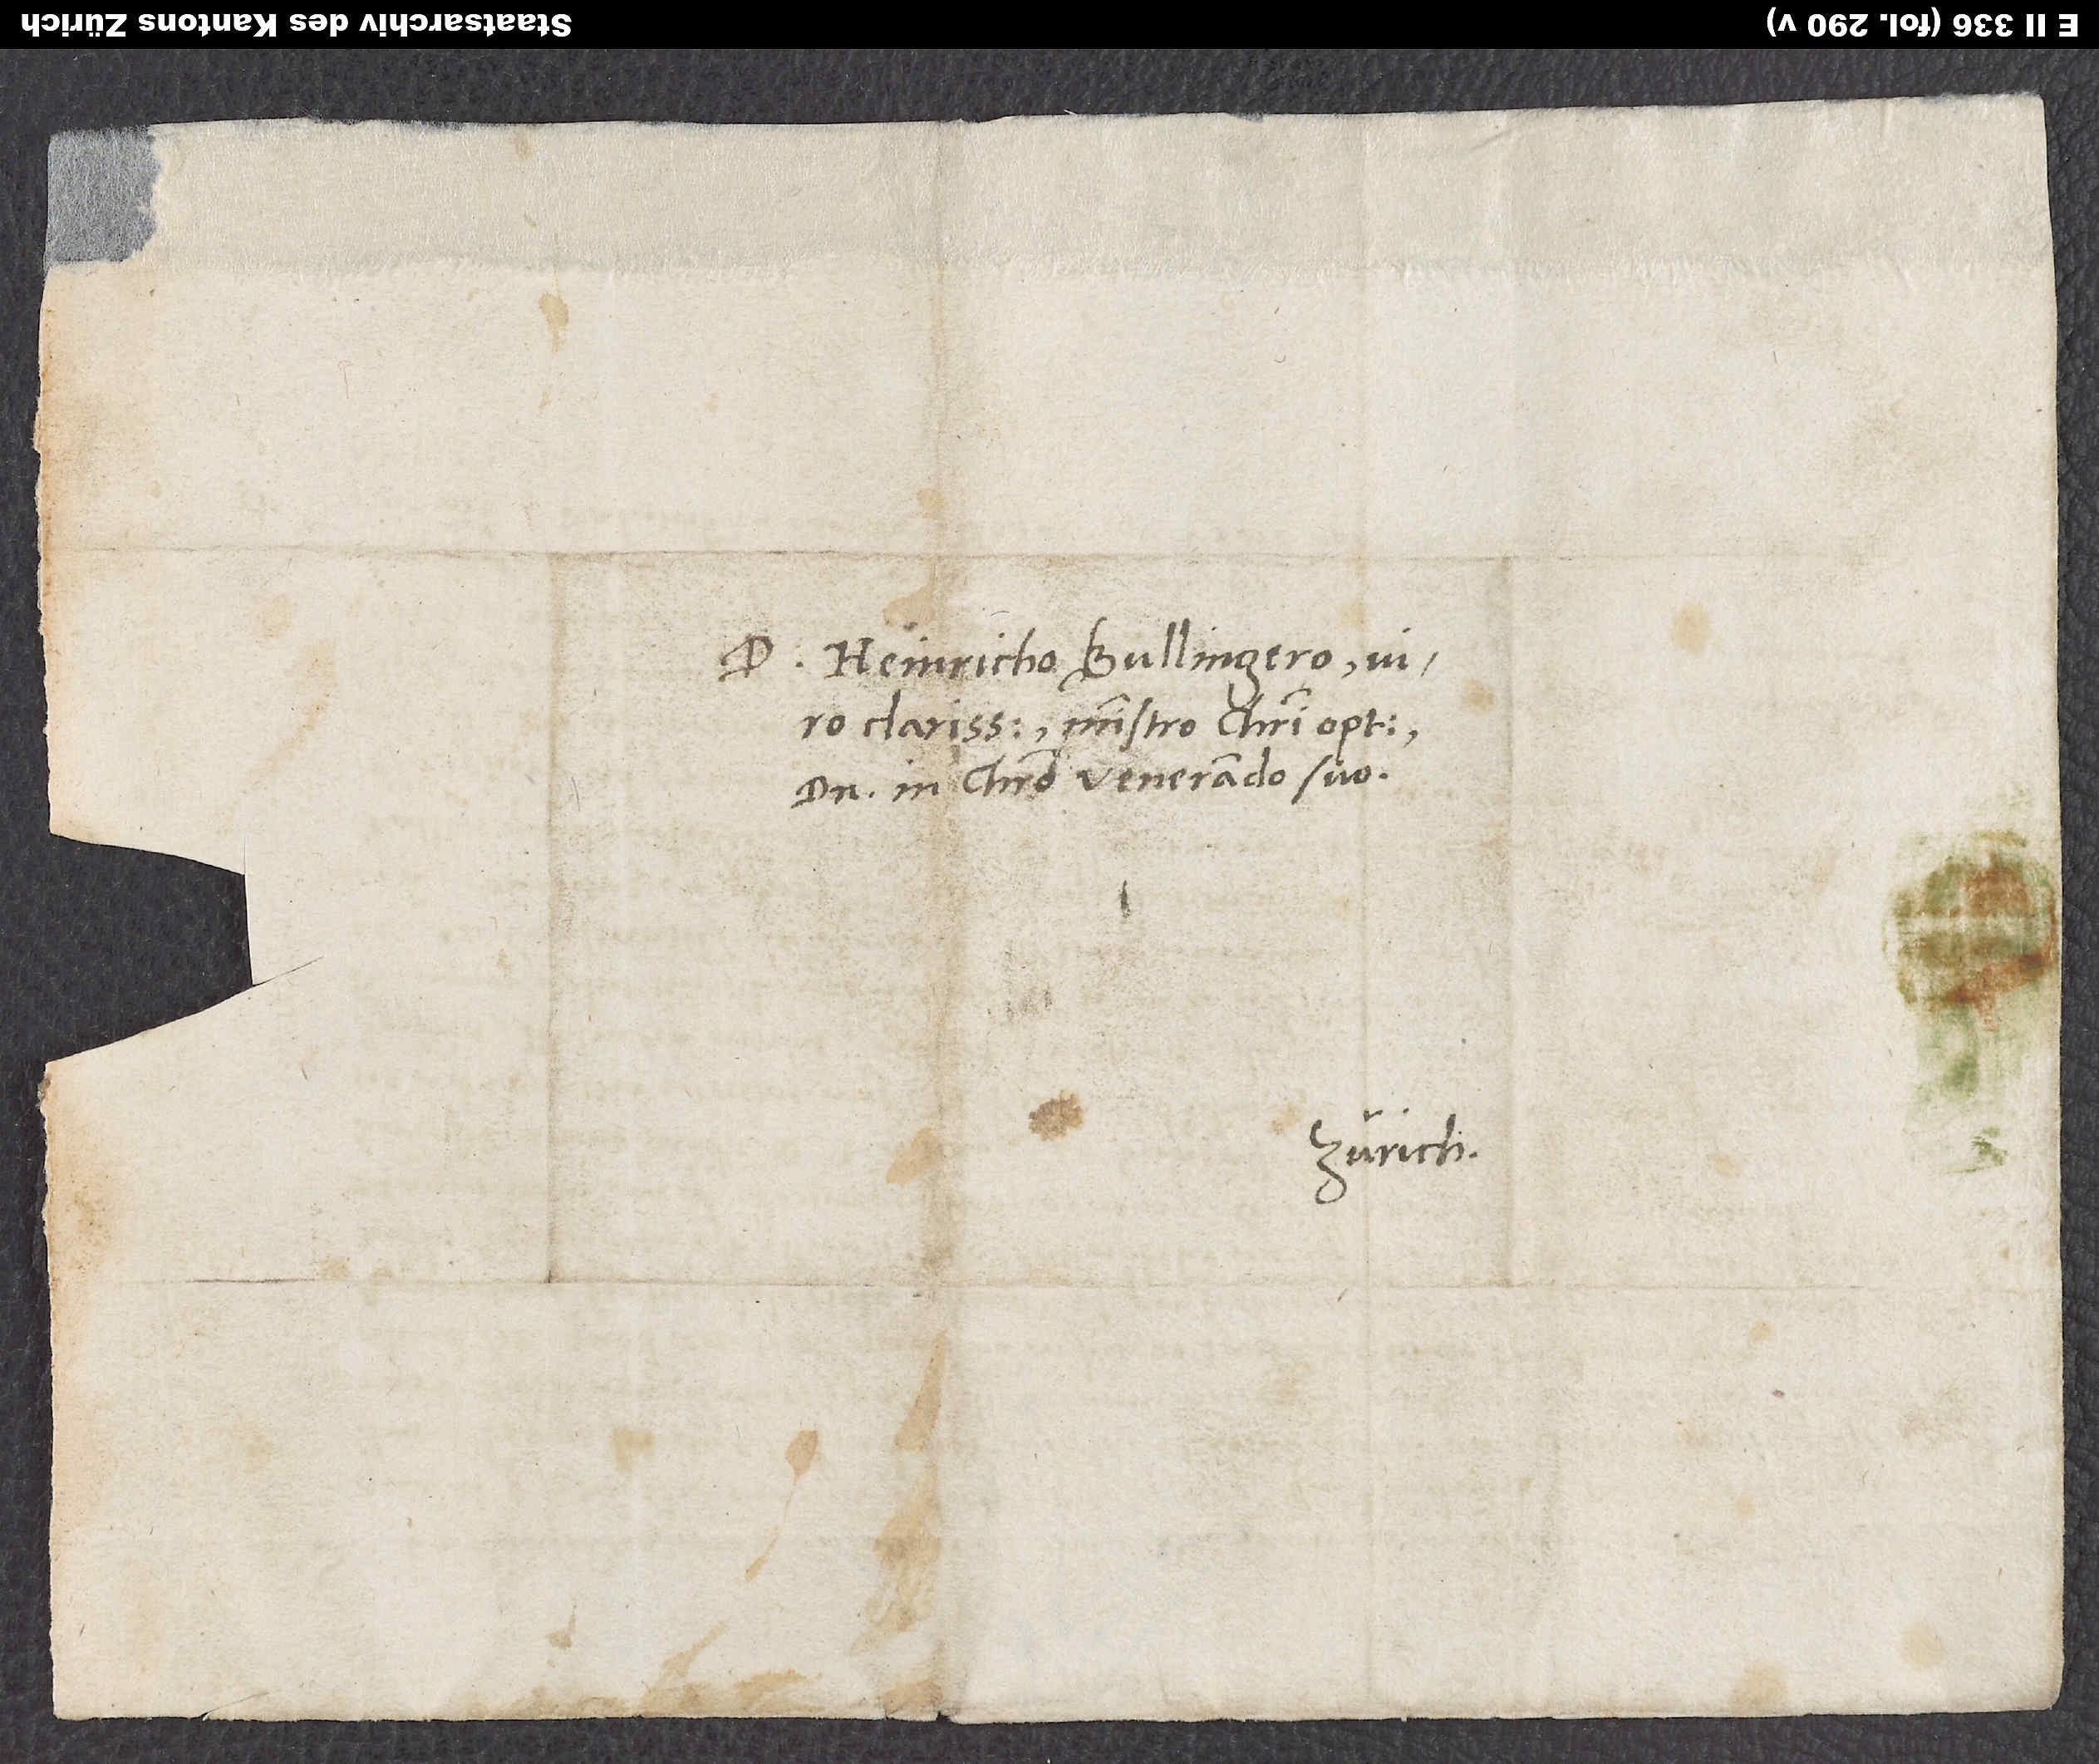
D. Heinricho Bullingero, viro
clarissimo, ministro Christi optimo,
domino in Christo venerando suo.
Zürich.